Lunatic asylums Madras 1892-1911 - 1892-1911
Year: 1892
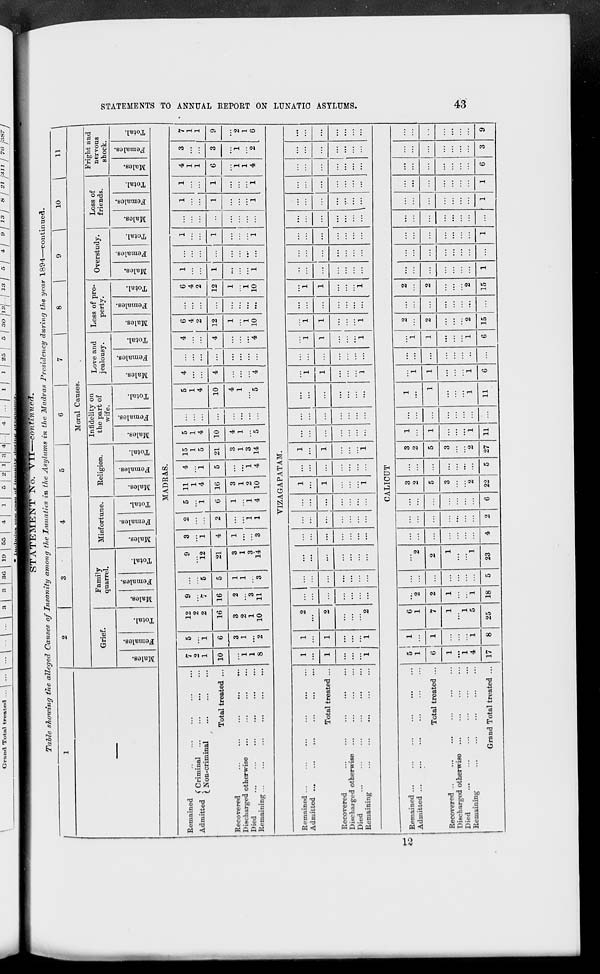
STATEMENTS TO ANNUAL REPORT ON LUNATIC ASYLUMS.
43
STATEMENT No. VII—continued.
Table showing the alleged Causes of Insanity among the Lunatics in the Asylums in the Madras Presidency during the year 1894—continued.
1
–––
2
3
4
5
6
7
8
9
10
11
Moral Causes.
Grief.
Males.
Females.
Total.
Family
quarrel.
Males.
Females.
Total.
Misfortune.
Males.
Females.
Total.
Religion.
Males.
Females.
Total.
Infidelity on
the part of
wife.
Males.
Females.
Total.
Love and
jealousy.
Males.
Females.
Total.
Loss of pro-
perty.
Males.
Females.
Total.
Overstudy.
Males.
Females.
Total.
Loss of
friends.
Males.
Females.
Total.
Fright and
nervous
shock.
Males.
Females.
Total.
MADRAS.
Remained ... ... ... ... ...
Admitted
Criminal ... ... ... ...
Non-criminal
...
...
...
Total treated ...
Recovered ... ... ... ... ...
Discharged otherwise ... ... ... ...
Died
...
...
...
...
...
...
Remaining ... ... ... ... ... ...
7
2
1
10
...
1
1
8
5
...
1
6
3
1
...
2
12
2
2
16
3
2
1
10
9
...
7
16
2
...
3
11
...
...
5
5
1
1
...
3
9
...
12
21
3
1
3
14
3
...
1
4
1
...
...
3
2
...
...
2
...
...
1
1
5
...
1
6
1
...
1
4
11
1
4
16
3
1
2
10
4
...
1
5
...
...
1
4
15
1
5
21
3
1
3
14
5
1
4
10
4
1
...
5
...
...
...
...
...
...
...
...
5
1
4
10
4
1
...
5
4
...
...
4
...
...
...
4
...
...
...
...
...
...
...
...
4
...
...
4
...
...
...
4
6
4
2
12
1
...
1
10
...
...
...
...
...
...
...
...
6
4
2
12
1
...
1
10
1
...
...
1
...
...
...
1
...
...
...
...
...
...
...
...
1
...
...
1
...
...
...
1
...
...
...
...
...
...
...
...
1
...
...
1
...
...
...
1
1
...
...
1
...
...
...
1
4
1
1
6
...
1
1
4
3
...
...
3
...
1
...
2
7
1
1
9
...
2
1
6
VIZAGAPATAM.
Remained ... ... ... ... ... ...
Admitted ... ... ... ... ... ...
Total treated ...
Recovered
...
...
...
...
...
Discharged otherwise ... ... ... ...
Died
...
...
...
...
...
...
Remaining ... ... ... ... ...
1
...
1
...
...
...
1
1
...
1
...
...
...
1
2
...
2
...
...
...
2
...
...
...
...
...
...
...
...
...
...
...
...
...
...
...
...
...
...
...
...
...
...
...
...
...
...
...
...
...
...
...
...
...
...
...
...
...
...
...
...
...
...
1
...
1
...
...
...
1
...
...
...
...
...
...
...
1
...
1
...
...
...
1
...
...
...
...
...
...
...
...
...
...
...
...
...
...
...
...
...
...
...
...
...
...
1
1
...
...
...
1
...
...
...
...
...
...
...
...
1
1
...
...
...
1
...
1
1
...
...
...
1
...
...
...
...
...
...
...
...
1
1
...
...
...
1
...
...
...
...
...
...
...
...
...
...
...
...
...
...
...
...
...
...
...
...
...
...
...
...
...
...
...
...
...
...
...
...
...
...
...
...
...
...
...
...
...
...
...
...
...
...
...
...
...
...
...
...
...
...
...
...
...
...
...
...
...
...
...
CALICUT
Remained ... ... ... ... ... ...
Admitted ... ... ... ... ... ...
Total treated ...
Recovered ... ... ... ... ... ...
Discharged otherwise ... ... ... ...
Died
...
...
...
...
...
...
Remaining
...
...
...
...
...
Grand Total treated ...
5
1
6
1
...
1
4
17
1
...
1
...
...
...
1
8
6
1
7
1
...
1
5
25
...
2
2
1
...
...
1
18
...
...
...
...
...
...
...
5
...
2
2
1
...
...
1
23
...
...
...
...
...
...
...
4
...
...
...
...
...
...
...
2
...
...
...
...
...
...
...
6
3
2
5
3
...
...
2
22
...
...
...
...
...
...
...
5
3
2
5
3
...
...
2
27
1
...
1
...
...
...
1
11
...
...
...
...
...
...
...
...
1
...
1
...
...
...
1
11
...
1
1
...
...
...
1
6
...
...
...
...
...
...
...
...
...
1
1
...
...
...
1
6
2
...
2
...
...
...
2
15
...
...
...
...
...
...
...
...
2
...
2
...
...
...
2
15
...
...
...
...
...
...
...
1
...
...
...
...
...
...
...
...
...
...
...
...
...
...
...
1
...
...
...
...
...
...
...
...
...
...
...
...
...
...
...
1
...
...
...
...
...
...
...
1
...
...
...
...
...
...
...
6
...
...
...
...
...
...
...
3
...
...
...
...
...
...
...
9
12